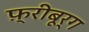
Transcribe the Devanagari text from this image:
फ़्रीबूर्ग